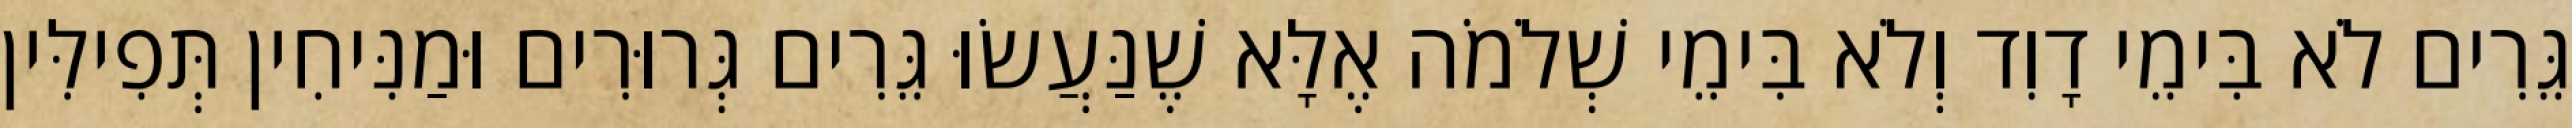
גֵּרִים לֹא בִּימֵי דָוִד וְלֹא בִּימֵי שְׁלֹמֹה אֶלָּא שֶׁנַּעֲשׂוּ גֵּרִים גְּרוּרִים וּמַנִּיחִין תְּפִילִּין